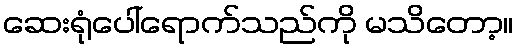
ဆေးရုံပေါ်ရောက်သည်ကို မသိတော့။